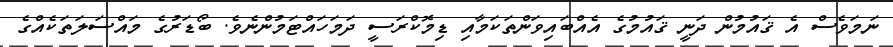
ނަމަވެސް އެ ޤައުމުން ދަނީ ޤައުމުގެ އެއްބައިވަންތަކަމާއި ޑިމޮކްރަސީ ދަމަހައްޓަމުންނެވެ. ބޯޑަރުގެ މައްސަލަތަކެއްގެ